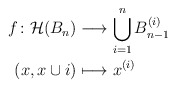
\begin{align*}f\colon \mathcal{H}(B_n) &\longrightarrow \bigcup_{i=1}^n B_{n-1}^{(i)}\\(x,x\cup{i})&\longmapsto x^{(i)}\end{align*}